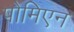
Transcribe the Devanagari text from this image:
पोमिएन